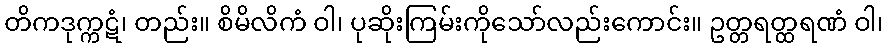
တိကဒုက္ကဋံ၊ တည်း။ စိမိလိကံ ဝါ၊ ပုဆိုးကြမ်းကိုသော်လည်းကောင်း။ ဥတ္တရတ္ထရဏံ ဝါ၊